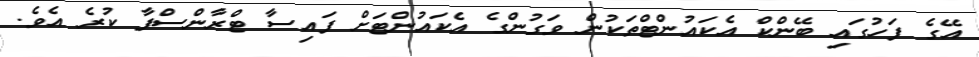
އޭގެ ފަހުގައި ބޭންކް އެކައުންޓްތަކުން ވަގުންގެ އެކައުންޓަށް ފައިސާ ޓްރާންސްފާ ކުރެ އެވެ.